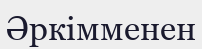
Әркімменен